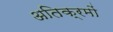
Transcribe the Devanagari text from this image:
अतिक्रमों